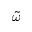
\tilde { \omega }